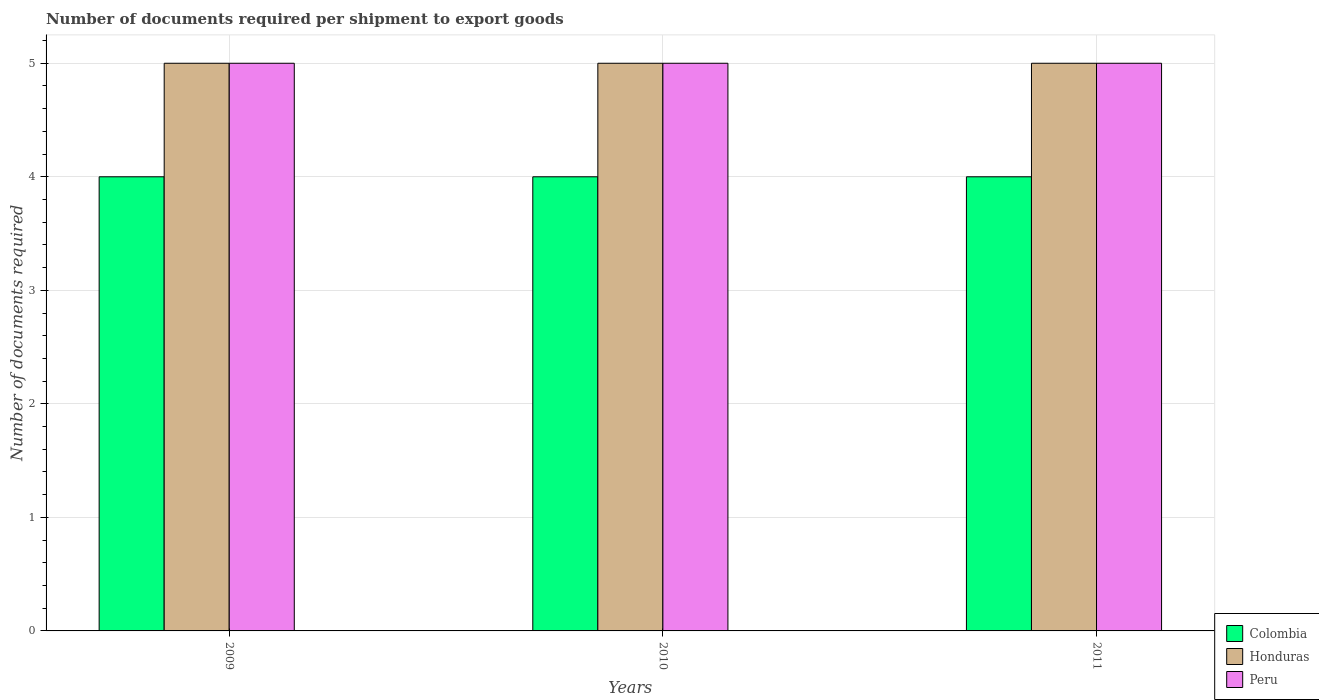
| Years | Colombia | Honduras | Peru |
 | --- | --- | --- | --- |
 | 2009 | 4 | 5 | 5 |
 | 2010 | 4 | 5 | 5 |
 | 2011 | 4 | 5 | 5 |